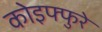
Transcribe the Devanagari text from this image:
कोइफ्फुरे